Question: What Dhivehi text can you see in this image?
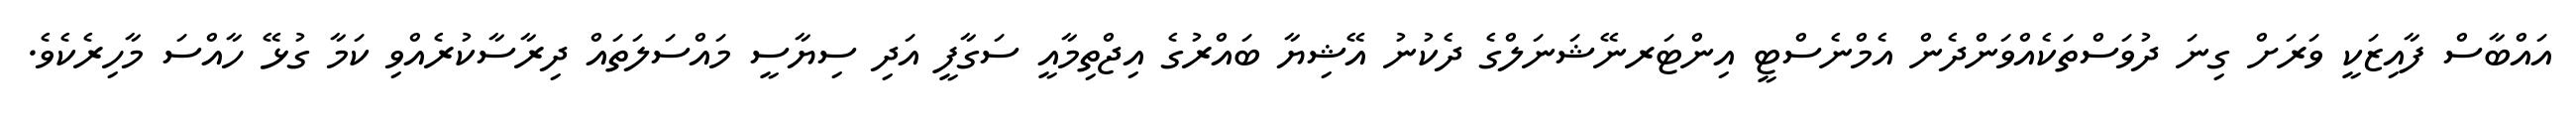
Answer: އައްބާސް ފާއިޒަކީ ވަރަށް ގިނަ ދުވަސްތަކެއްވަންދެން އެމްނެސްޓީ އިންޓަރނޭޝަނަލްގެ ދެކުނު އޭޝިޔާ ބައްރުގެ އިޖްތިމާއީ ސަގާފީ އަދި ސިޔާސީ މައްސަލަތައް ދިރާސާކުރެއްވި ކަމާ ގުޅޭ ހާއްސަ މާހިރެކެވެ.